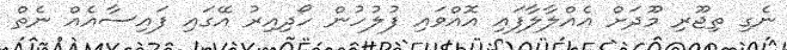
ނެގި ތިޖޫރި މޫދަށް އެއްލާލާފައި އޮއްވައި ފުލުހުން ހޯދިއިރު އޭގައި ފައިސާއެއް ނެތް